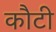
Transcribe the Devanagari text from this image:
कौटी